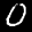
Label: 0